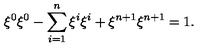
\xi ^ { 0 } \xi ^ { 0 } - \sum _ { i = 1 } ^ { n } \xi ^ { i } \xi ^ { i } + \xi ^ { n + 1 } \xi ^ { n + 1 } = 1 .